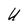
Character: U